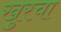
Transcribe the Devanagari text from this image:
खुरचा